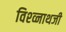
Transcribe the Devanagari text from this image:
विश्व्नाथजी